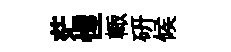
茫惺輙硏候